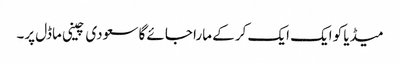
میڈیا کو ایک ایک کر کے مارا جائے گا سعودی چینی ماڈل پر۔